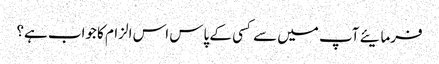
فرمایئے آپ میں سے کسی کے پاس اس الزام کا جواب ہے؟